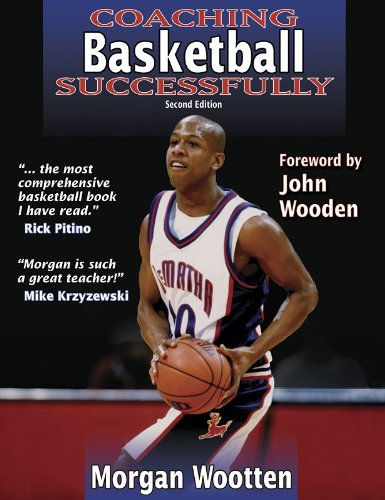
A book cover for Coaching Basketball Successfully  2nd Edition (Coaching Successfully Series); Morgan Wootten; Sports & Outdoors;